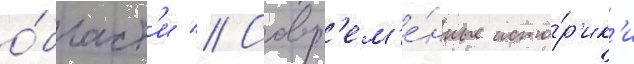
о́бласт'и // Совр'ем'е́нные исто́р'ик'и